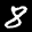
Label: 8